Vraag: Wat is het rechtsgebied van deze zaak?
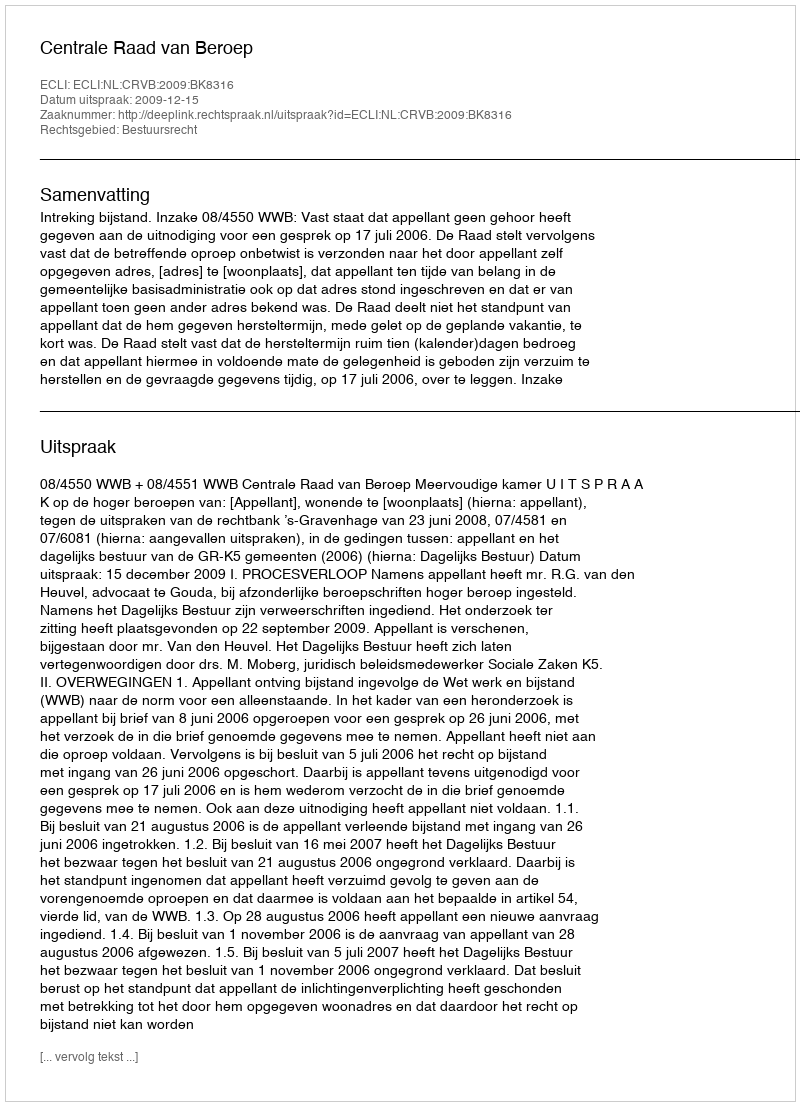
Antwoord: Bestuursrecht